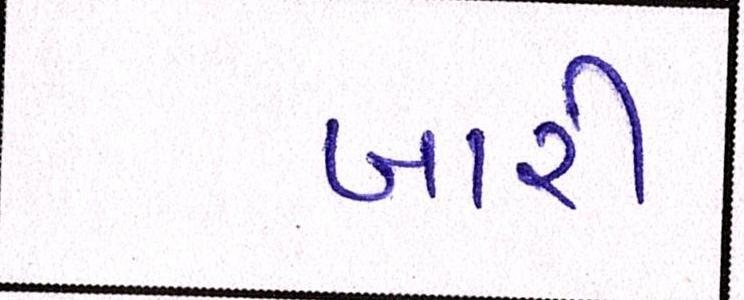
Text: બારી